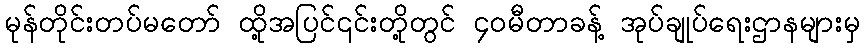
မုန်တိုင်းတပ်မတော် ထို့အပြင်၎င်းတို့တွင် ၄၀မီတာခန့် အုပ်ချုပ်ရေးဌာနများမှ